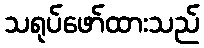
သရုပ်ဖော်ထားသည်